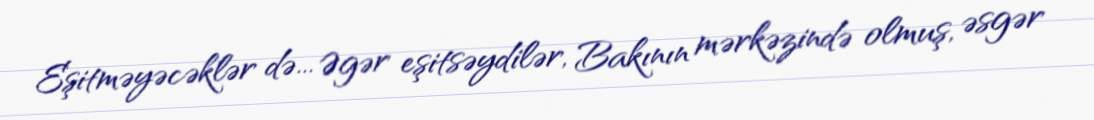
Eşitməyəcəklər də... Əgər eşitsəydilər, Bakının mərkəzində olmuş, əsgər